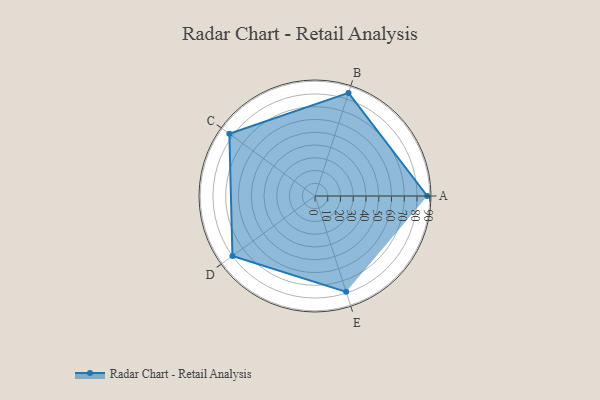
{"axis": {"x": "Skill", "y": "Score"}, "legend": ["Profile"], "data": [{"x": "A", "y": 88.0, "type": "Profile"}, {"x": "B", "y": 85.0, "type": "Profile"}, {"x": "C", "y": 83.0, "type": "Profile"}, {"x": "D", "y": 80.0, "type": "Profile"}, {"x": "E", "y": 79.0, "type": "Profile"}]}